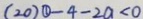
( 2 0 ) \textcircled { 1 } - 4 - 2 a < 0